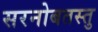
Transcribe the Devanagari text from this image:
सरनोबतस्तु